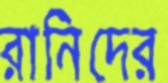
রানিদের